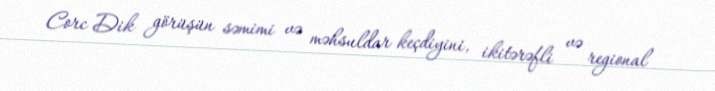
Corc Dik görüşün səmimi və məhsuldar keçdiyini, ikitərəfli və regional